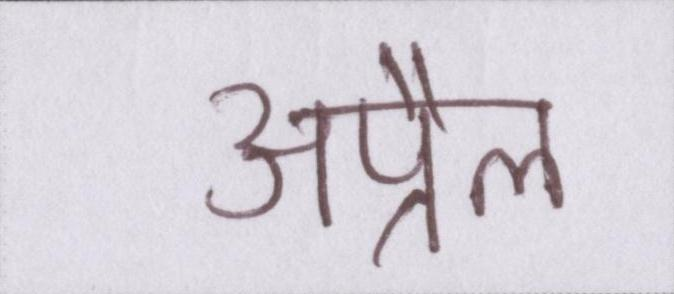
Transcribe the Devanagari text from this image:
अप्रैल